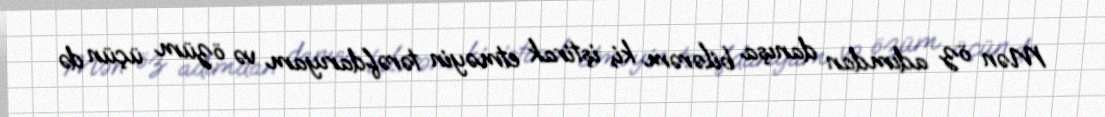
Mən öz adımdan danışa bilərəm ki, iştirak etməyin tərəfdarıyam və özüm üçün də